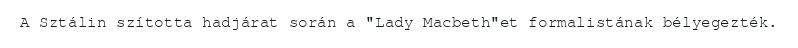
A Sztálin szította hadjárat során a "Lady Macbeth"et formalistának bélyegezték.